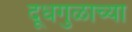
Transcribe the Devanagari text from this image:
दूधगुळाच्या